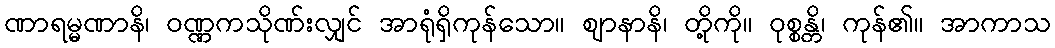
ဏာရမ္မဏာနိ၊ ဝဏ္ဏကသိုဏ်းလျှင် အာရုံရှိကုန်သော။ ဈာနာနိ၊ တို့ကို။ ဝုစ္စန္တိ၊ ကုန်၏။ အာကာသ